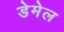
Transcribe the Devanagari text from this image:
डेमेल